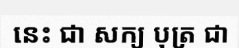
នេះ ជា សក្យ បុត្រ ជា